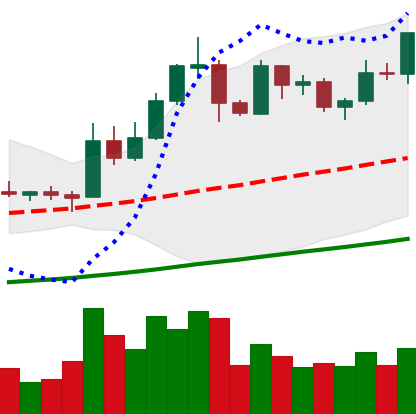
Ticker: EOS-USD
Chart end date: 2019-05-26
Forward return: 23.244%
Label: up_7plus